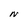
Character: N